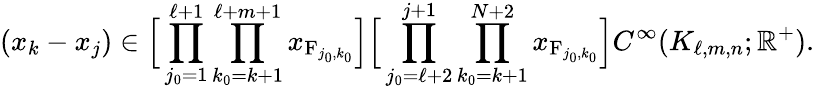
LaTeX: (x_{k}-x_{j})\in\Big[\prod_{j_{0}=1}^{\ell+1}\prod_{k_{0}=k+1}^{\ell+m+1}x_{\mathrm{F}_{j_{0},k_{0}}}\Big]\Big[\prod_{j_{0}=\ell+2}^{j+1}\prod_{k_{0}=k+1}^{N+2}x_{\mathrm{F}_{j_{0},k_{0}}}\Big]C^{\infty}(K_{\ell,m,n};\mathbb{R}^{+}).